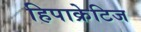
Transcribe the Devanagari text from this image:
हिपाक्रेटिज